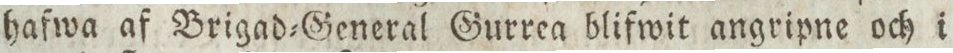
hafwa af Brigad=General Gurrea blifwit angripne och i